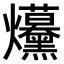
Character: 𤓦